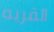
القريه